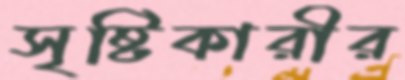
সৃষ্টিকারীর